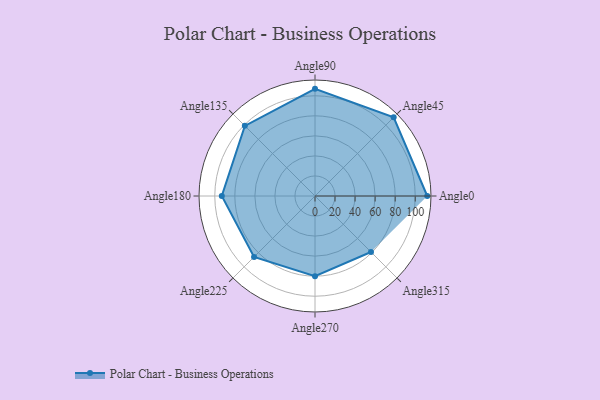
{"axis": {"x": "Angle", "y": "Radius"}, "legend": [""], "data": [{"x": "Angle0", "y": 112.0, "type": ""}, {"x": "Angle45", "y": 111.0, "type": ""}, {"x": "Angle90", "y": 107.0, "type": ""}, {"x": "Angle135", "y": 99.0, "type": ""}, {"x": "Angle180", "y": 93.0, "type": ""}, {"x": "Angle225", "y": 86.0, "type": ""}, {"x": "Angle270", "y": 80.0, "type": ""}, {"x": "Angle315", "y": 79.0, "type": ""}]}